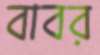
বাবর